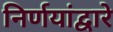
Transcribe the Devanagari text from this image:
निर्णयांद्वारे